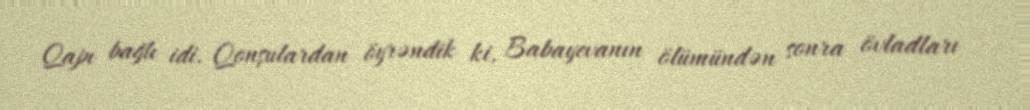
Qapı bağlı idi. Qonşulardan öyrəndik ki, Babayevanın ölümündən sonra övladları